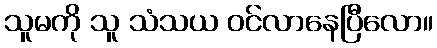
သူမကို သူ သံသယ ဝင်လာနေပြီလော။